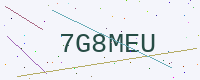
Text: 7G8MEU